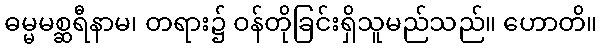
ဓမ္မမစ္ဆရီနာမ၊ တရား၌ ဝန်တိုခြင်းရှိသူမည်သည်။ ဟောတိ။